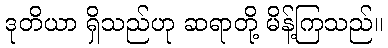
ဒုတိယာ ရှိသည်ဟု ဆရာတို့ မိန့်ကြသည်။